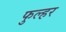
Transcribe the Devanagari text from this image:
फुल्हर